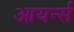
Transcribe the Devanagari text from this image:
आयर्न्स